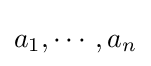
a_{1},\cdots ,a_{n}